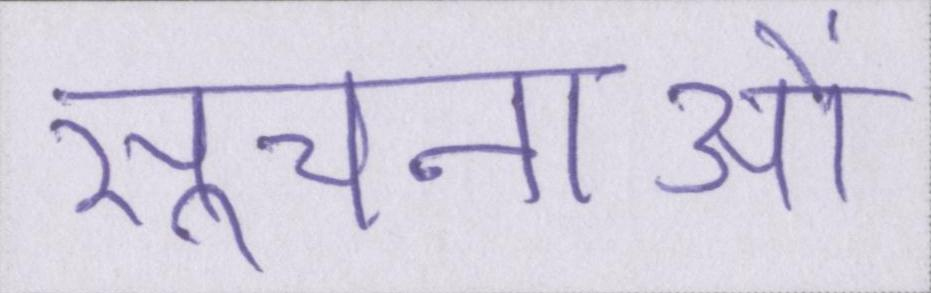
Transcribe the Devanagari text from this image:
सूचनाओं